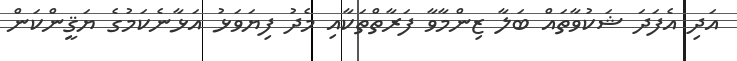
އަދި އެފަދަ ޝަކުވާތައް ބަލާ ޒިންމާވާ ފަރާތްތަކާއި މެދު ފިޔަވަޅު އަޅާނެކަމުގެ ޔަޤީންކަން